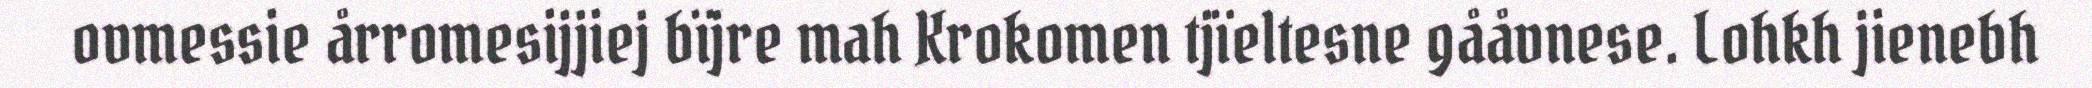
ovmessie årromesijjiej bïjre mah Krokomen tjïeltesne gååvnese. Lohkh jienebh